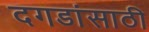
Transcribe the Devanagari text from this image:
दगडांसाठी